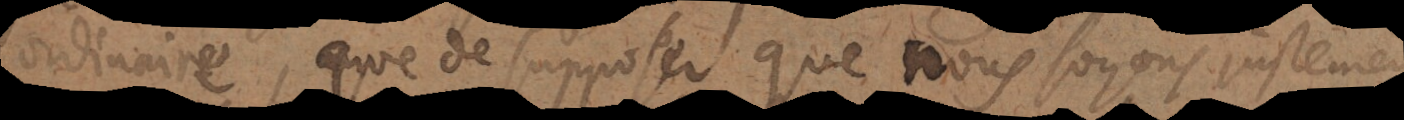
ordinaire, que de supposer que nous soyons justeme